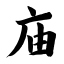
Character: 庙